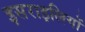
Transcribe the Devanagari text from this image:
इसराइलियों